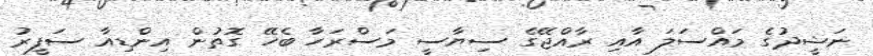
ނަޝީދުގެ މައްސަލަ އާއި ރާއްޖޭގެ ސިޔާސީ މަސްރަހާ ބެހޭ ގޮތުން އިންޑިއާ ސަފީރު